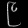
Digit: ၉